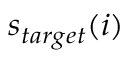
s _ { t a r g e t } ( i )